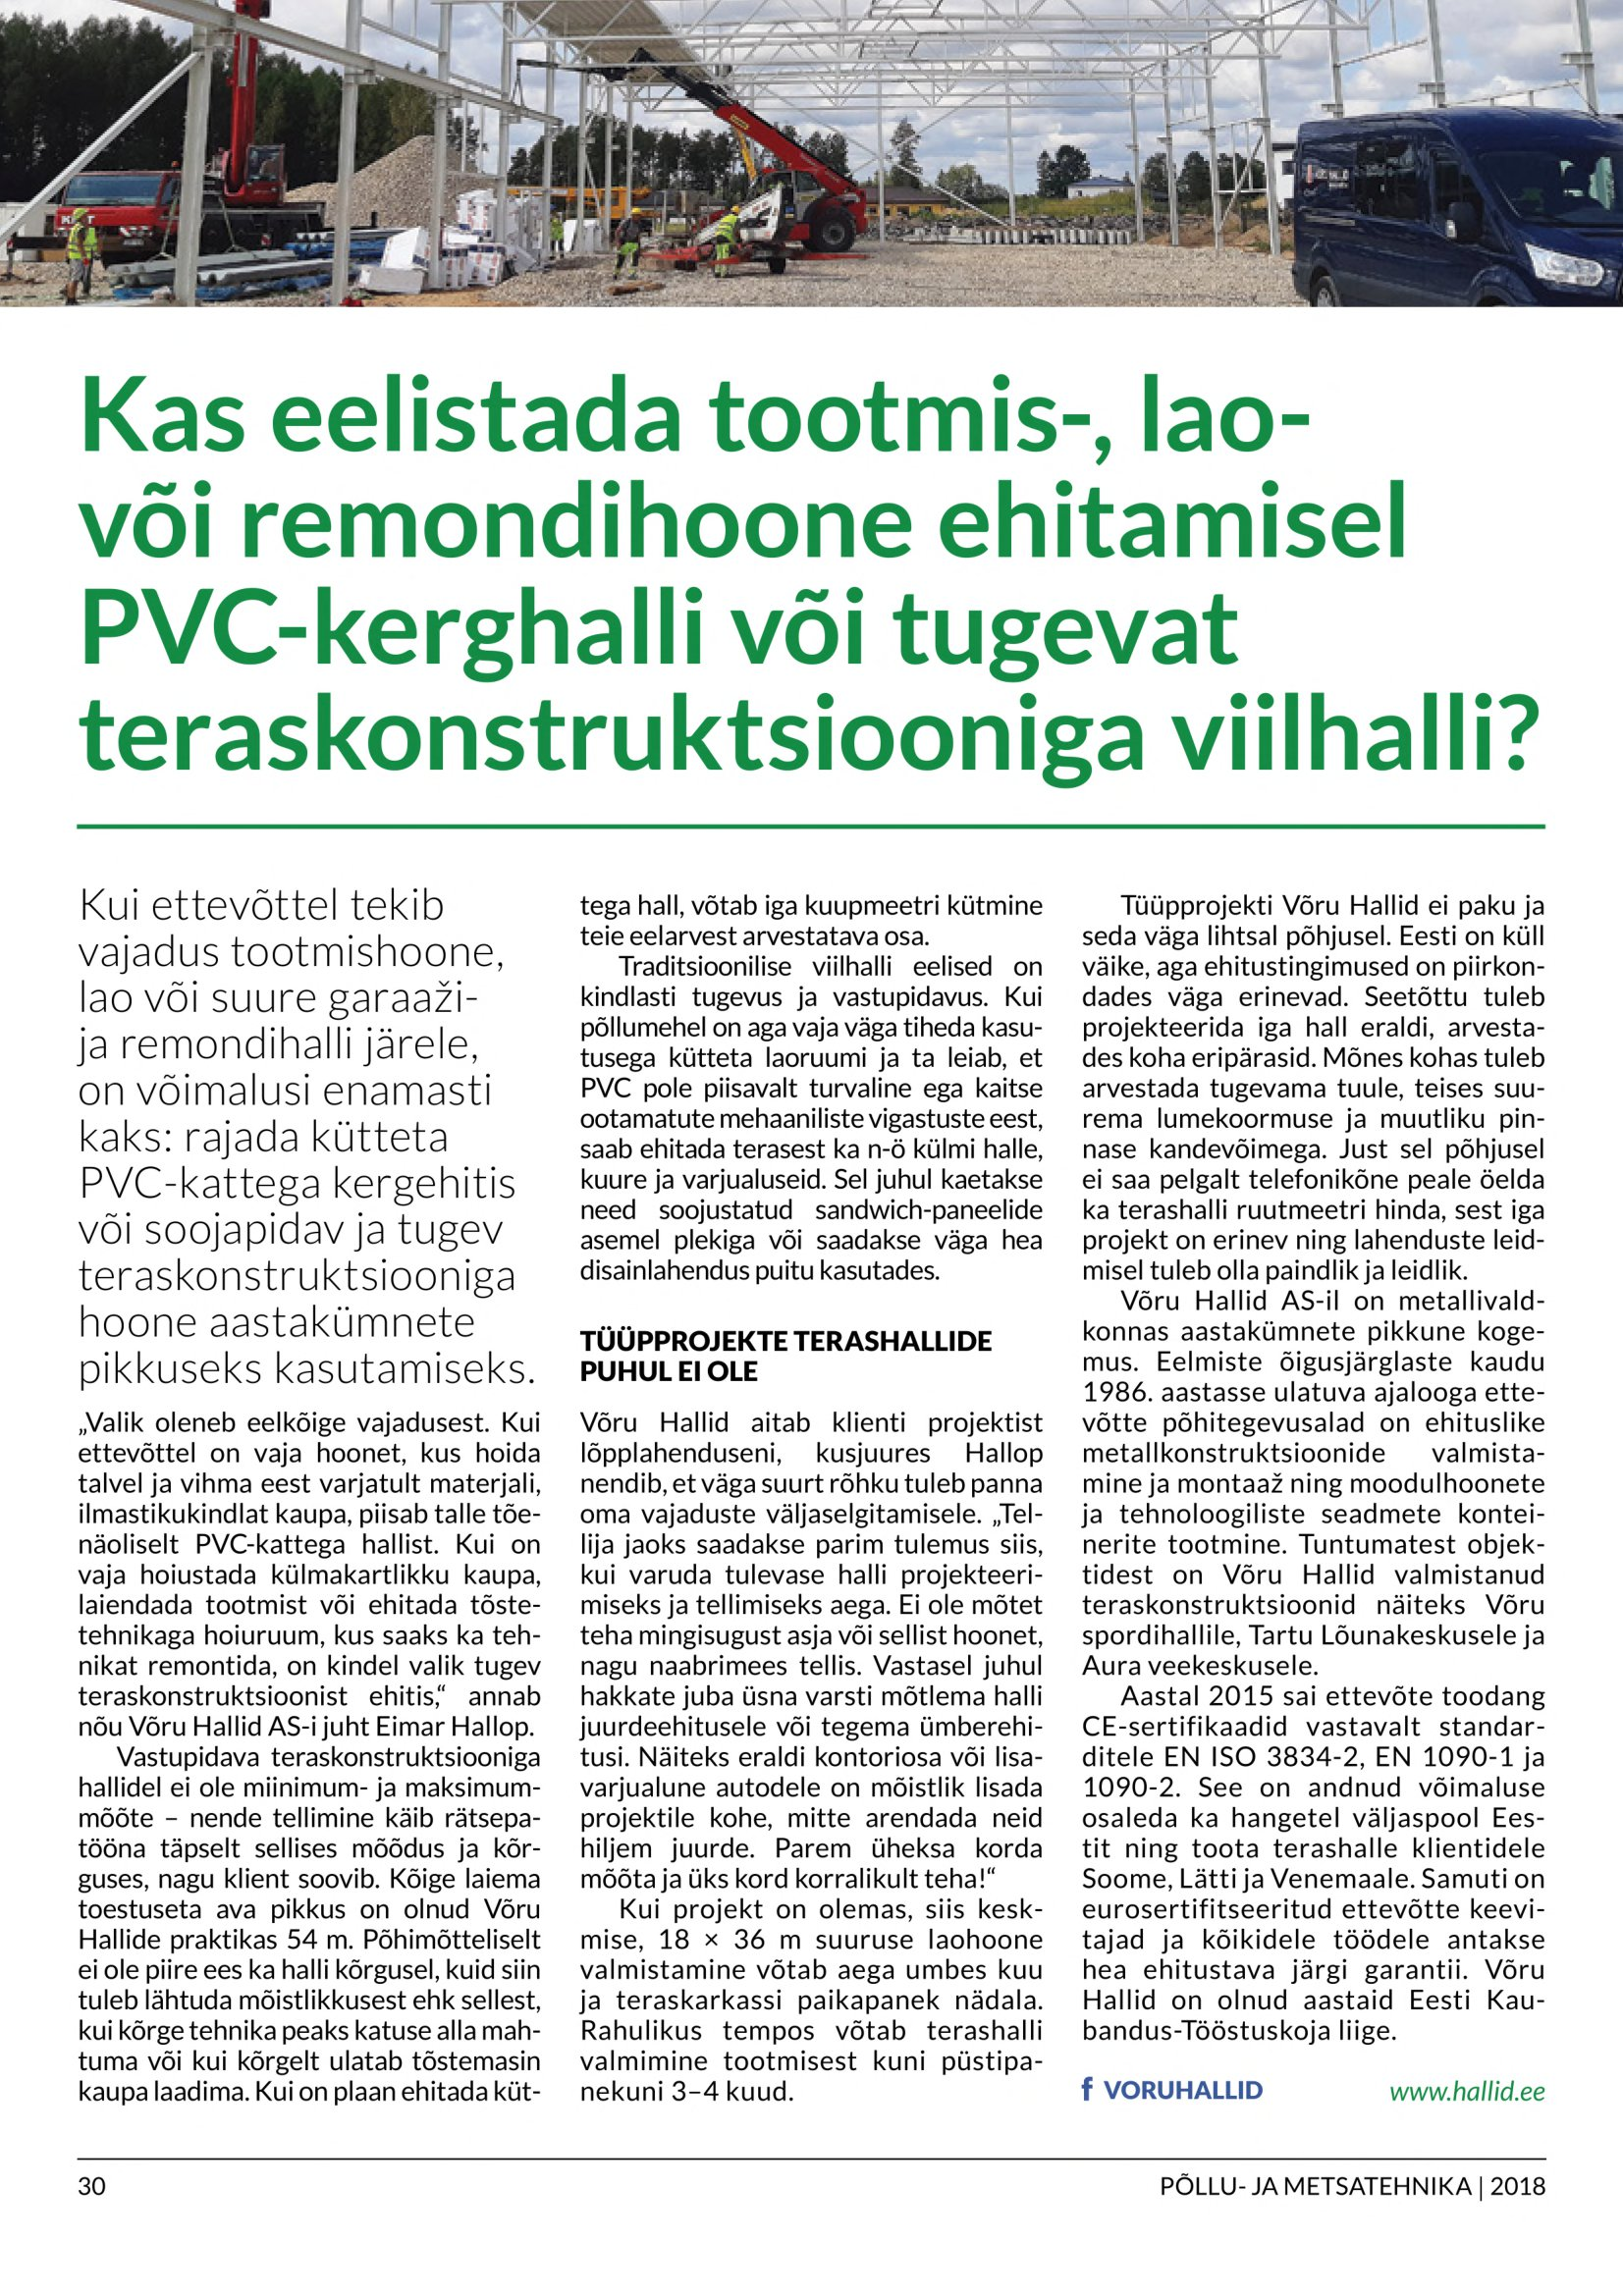
Language: et